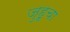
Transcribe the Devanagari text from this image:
जुहूचा